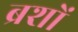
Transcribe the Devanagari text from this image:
ब्रशों